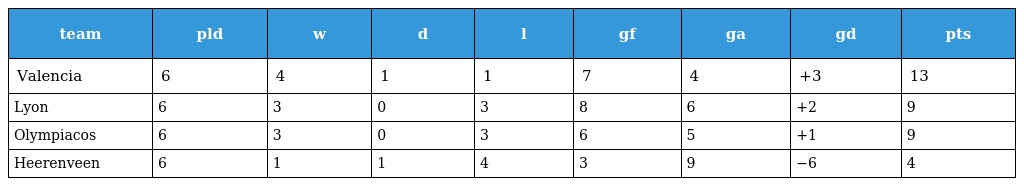
| team | pld | w | d | l | gf | ga | gd | pts |
 | --- | --- | --- | --- | --- | --- | --- | --- | --- |
 | Valencia | 6 | 4 | 1 | 1 | 7 | 4 | +3 | 13 |
 | Lyon | 6 | 3 | 0 | 3 | 8 | 6 | +2 | 9 |
 | Olympiacos | 6 | 3 | 0 | 3 | 6 | 5 | +1 | 9 |
 | Heerenveen | 6 | 1 | 1 | 4 | 3 | 9 | −6 | 4 |